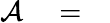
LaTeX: {\cal A}\quad=\quad